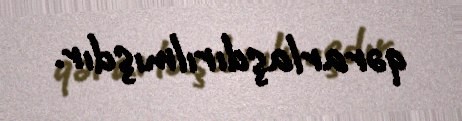
qərarlaşdırılmışdır.